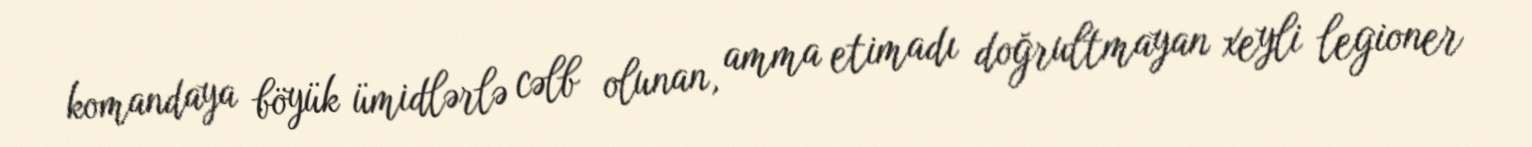
komandaya böyük ümidlərlə cəlb olunan, amma etimadı doğrultmayan xeyli legioner